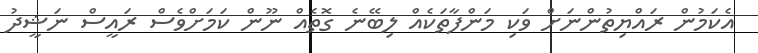
އެކަމުން ރައްޔިތުންނަށް ވަކި މަންފާތަކެއް ލިބޭނެ ގޮތެއް ނޫން ކަމަށްވެސް ރައީސް ނަޝީދު